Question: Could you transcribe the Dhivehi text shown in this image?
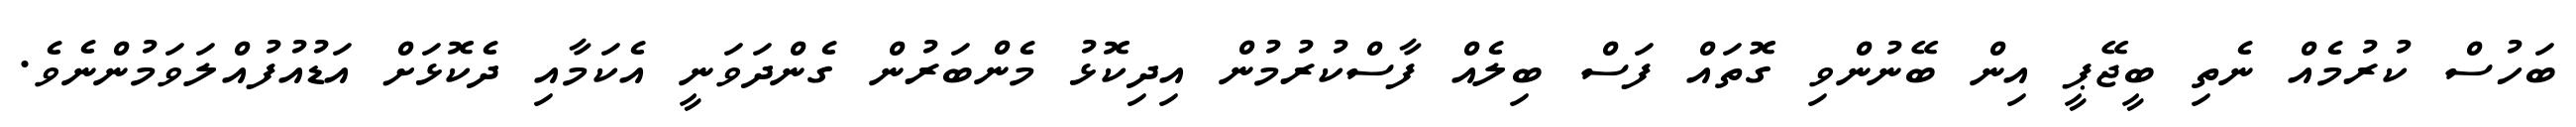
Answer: ބަހުސް ކުރުމެއް ނެތި ބީޖޭޕީ އިން ބޭނުންވި ގޮތައް ފަސް ބިލެއް ފާސްކުރުމުން އިދިކޮޅު މެންބަރުން ގެންދަވަނީ އެކަމާއި ދެކޮޅަށް އަޑުއުފުއްލަވަމުންނެވެ.